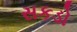
સકડો